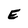
Character: E